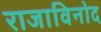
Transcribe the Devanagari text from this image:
राजाविनोद